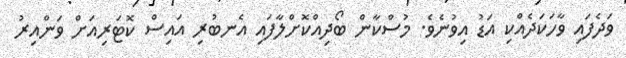
ވަދެފައި ވާހަކަދެއްކި އަޑު އިވުނެވެ. މުސްކާން ބޯދިއްކޮށްލާފައި އެނބުރި އައިސް ކޮޓަރިއަށް ވަންއިރު